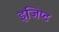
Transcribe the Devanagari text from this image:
इजिप्‍ट